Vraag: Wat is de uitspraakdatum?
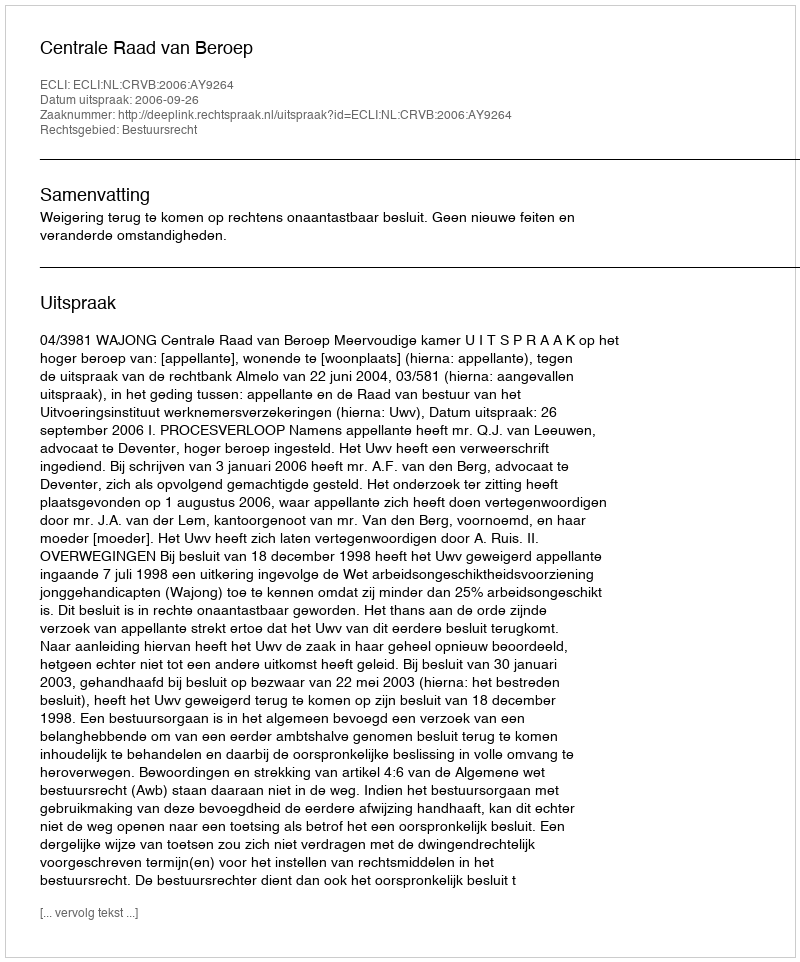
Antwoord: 2006-09-26